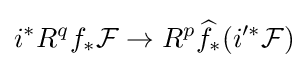
i^{*}R^{q}f_{*}{\mathcal {F}}\to R^{p}{\widehat {f}}_{*}(i'^{*}{\mathcal {F}})